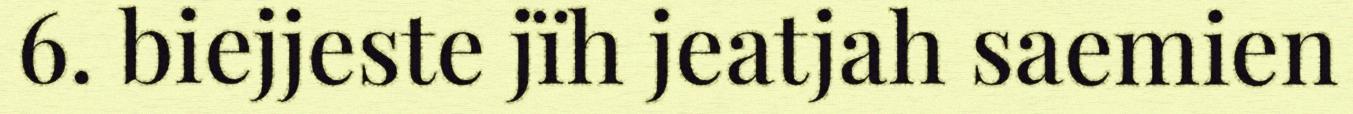
6. biejjeste jïh jeatjah saemien